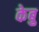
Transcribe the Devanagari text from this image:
केबु